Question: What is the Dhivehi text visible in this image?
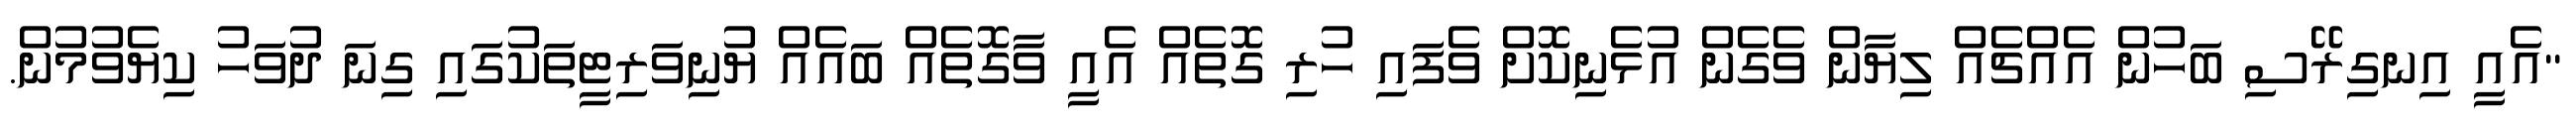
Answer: "އެއީ އިނގިރޭސި ބަހުން އެއްޗެއް ލިޔާން ވެގެން އުޅެނިކޮށް ވެފައި ހުރި ގޮތެއް އެއީ ވާގޮތެއް ބައެއް ޔުނިވަރިޓީތަކުގައި ގިނަ ދުވަހު ކިޔެވުމުން.